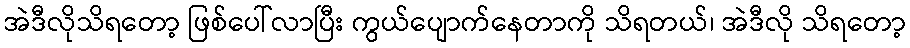
အဲဒီလိုသိရတော့ ဖြစ်ပေါ်လာပြီး ကွယ်ပျောက်နေတာကို သိရတယ်၊ အဲဒီလို သိရတော့